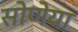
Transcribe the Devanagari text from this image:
सोणेया